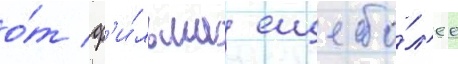
о́т ф'и́льма еще бо́л'ее